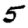
Digit: 5